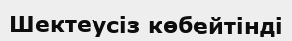
Шектеусіз көбейтінді